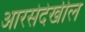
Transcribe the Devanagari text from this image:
आरसेदेखील